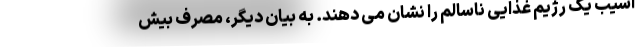
آسیب یک رژیم غذایی ناسالم را نشان می دهند. به بیان دیگر، مصرف بیش